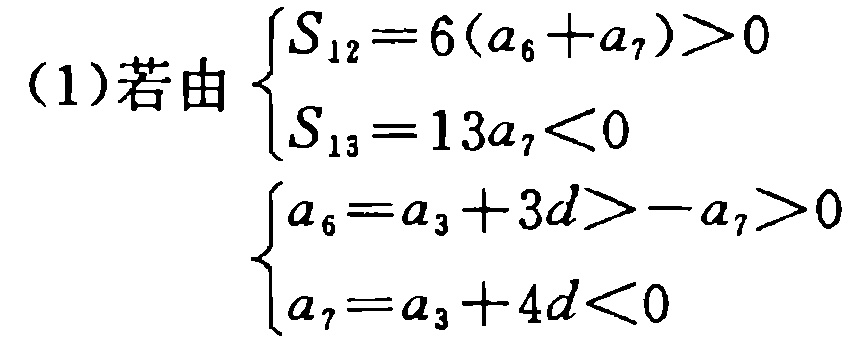
(1)若由
\[\begin{cases}
S_{12}=6(a_{6} + a_{7})>0\\
S_{13}=13a_{7}<0
\end{cases}\]
\[\begin{cases}
a_{6}=a_{3}+3d>-a_{7}>0\\
a_{7}=a_{3}+4d<0
\end{cases}\]